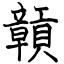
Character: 贑